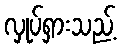
လှုပ်ရှားသည့်